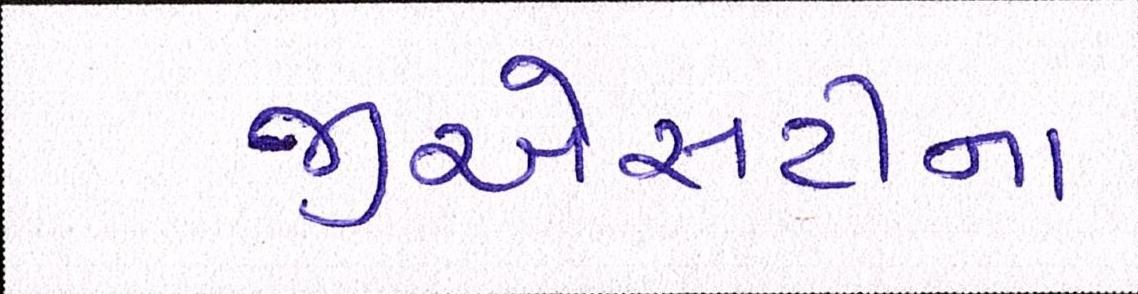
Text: જીએસટીના